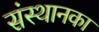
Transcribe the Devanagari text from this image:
संस्थानका